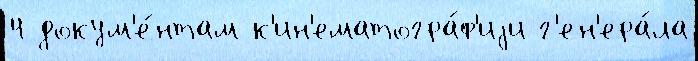
4 докум'е́нтам к'ин'ематогра́ф'иjи г'ен'ера́ла